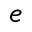
e